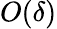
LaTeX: O(\delta)